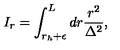
I _ { r } = \int _ { r _ { h } + \epsilon } ^ { L } d r \frac { r ^ { 2 } } { \Delta ^ { 2 } } ,